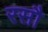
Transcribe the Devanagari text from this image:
रसौ